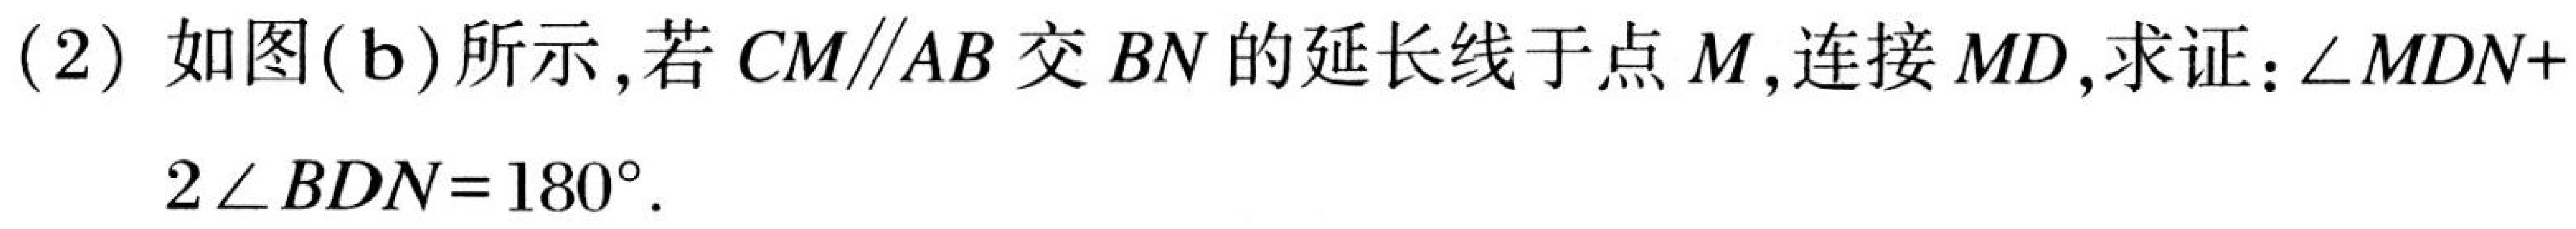
(2) 如图(b)所示，若 \(CM\parallel AB\) 交 \(BN\)的延长线于点 \(M\)，连接 \(MD\)，求证：\(\angle MDN + 2\angle BDN=180^{\circ}\)。